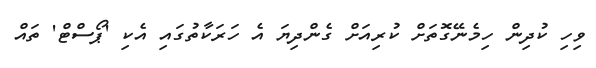
ވިހި ކުދިން ހިމެނޭގޮތަށް ކުރިއަށް ގެންދިޔަ އެ ހަރަކާތުގައި އެކި 'ޕޯސްޓް' ތައް